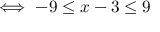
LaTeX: \iff - 9 \leq x - 3 \leq 9